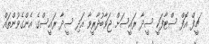
ޗީފް އޮފް ސްޓާފަކީ ސީދާ ރައީސަށް ޖަވާބުދާރީވާ އަދި ސީދާ ރައީސްގެ އެންގެވުންތައް